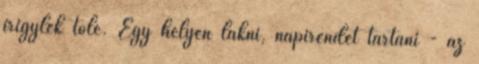
irigylek tőle. Egy helyen lakni, napirendet tartani - az